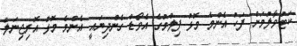
ކަޓުވާލުމަށް ފަހު އެންމެ މޮޅު ފިލްމުގެ އެވޯޑް ގެންދިޔައީ އެންމެ މޮޅު އޮރިޖިނަލް